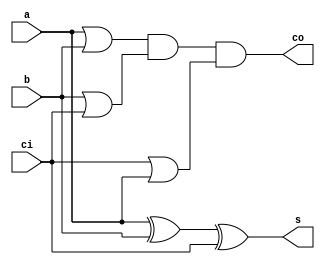
// adder 1 bit
module adder1(s, co, a, b, ci);

output s, co;
input  a, b, ci;
wire   o0, o1, o2;

xor(s, a, b, ci);
or(o0, a, b);
or(o1, b, ci);
or(o2, ci, a);
and(co, o0, o1, o2);
   
endmodule // adder
// 1st block in a array multiplier
module square(so,co,sin,a,b,ci);

input a,b,ci,sin;
output co,so;

wire w1;

and an0(w1,a,b);
adder1 a0(so,co,w1,sin,ci);

endmodule

module rect(so,co,a,b,ci);
input a,b,ci;
output so,co;



adder1 a0(so,co,a,b,ci);
endmodule

module arraymultiplier(p,co,a,b,si,ci);

input [3:0] a,b;
input ci,si;
output [7:0] p;
output co;
wire [11:0] s_interm;
wire c1,c2,c3,c4,c5,c6,c7,c8,c9,c10,c11,c12,c13,c14,c15,c16,c17,c118,c19;

//1st line
square sq1(p[0],c1,si,a[0],b[0],ci);
square sq2(s_interm[0],c2,si,a[1],b[0],ci);
square sq3(s_interm[1],c3,si,a[2],b[0],ci);
square sq4(s_interm[2],c4,si,a[3],b[0],ci);
//2nd line
square sq5(p[1],c5,s_interm[0],a[0],b[1],c1);
square sq6(s_interm[3],c6,s_interm[1],a[1],b[1],c2);
square sq7(s_interm[4],c7,s_interm[2],a[2],b[1],c3);
square sq8(s_interm[5],c8,si,a[3],b[1],c4);
//3rd line
square sq9(p[2],c9,s_interm[3],a[0],b[2],c5);
square sq10(s_interm[6],c10,s_interm[4],a[1],b[2],c6);
square sq11(s_interm[7],c11,s_interm[5],a[2],b[2],c7);
square sq12(s_interm[8],c12,si,a[3],b[2],c8);
//4th line
square sq13(p[3],c13,s_interm[6],a[0],b[3],c9);
square sq14(s_interm[9],c14,s_interm[7],a[1],b[3],c10);
square sq15(s_interm[10],c15,s_interm[8],a[2],b[3],c11);
square sq16(s_interm[11],c16,si,a[3],b[3],c12);
//5th line
rect rc1(p[4],c17,s_interm[9],c13,ci);
rect rc2(p[5],c18,s_interm[10],c14,c17);
rect rc3(p[6],c19,s_interm[11],c15,c18);
rect rc4(p[7],co,si,c16,c19);
endmodule